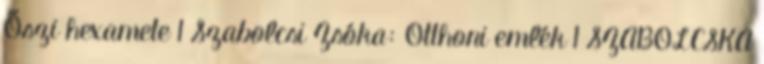
Őszi hexamete 1 Szabolcsi Zsóka: Otthoni emlék 1 SZABOLCSKA